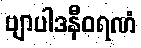
ဗျာပါဒနီဝရဏံ